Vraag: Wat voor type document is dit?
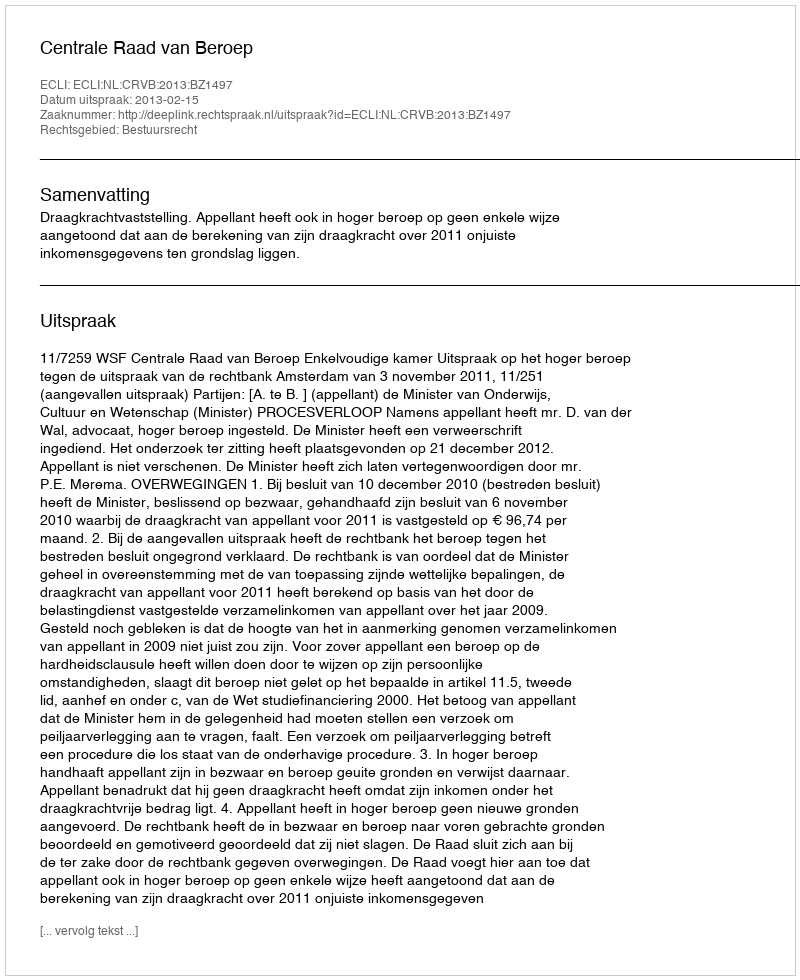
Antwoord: Uitspraak